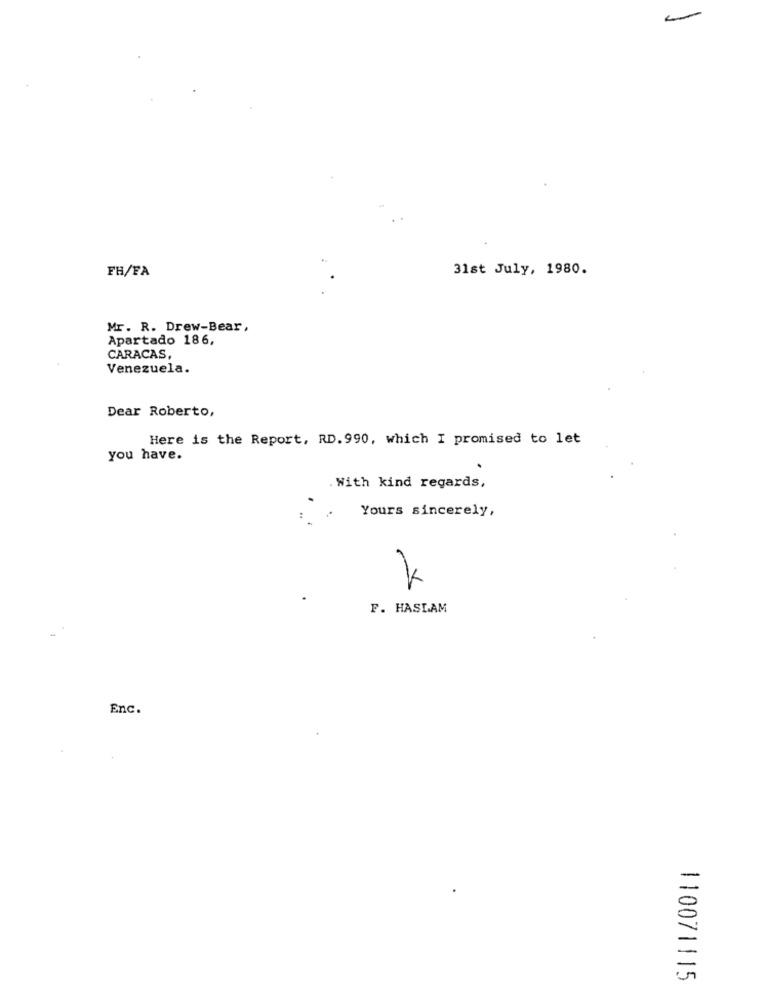
FH/FA
31st July, 1980.
Mr. R. Drew-Bear,
Apartado 186,
CARACAS,
Venezuela.
Dear Roberto,
Here is the Report, RD. 990, which I promised to let
you have.
. With kind regards,
Yours sincerely,
F. HASLAM
Enc.
110071115